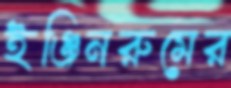
ইঞ্জিনরুমের